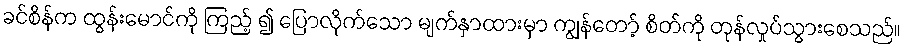
ခင်စိန်က ထွန်းမောင်ကို ကြည့် ၍ ပြောလိုက်သော မျက်နှာထားမှာ ကျွန်တော့် စိတ်ကို တုန်လှုပ်သွားစေသည်။